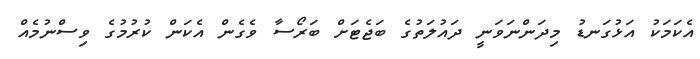
އެކަމަކު އަޅުގަނޑު މިދަންނަވަނީ ދައުލަތުގެ ބަޖެޓަށް ބަރޯސާ ވެގެން އެކަން ކުރުމުގެ ވިސްނުމެއް